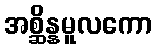
အစ္ဆိန္နမူလကော